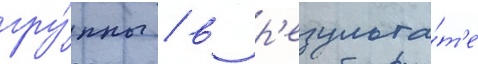
гру́ппы / в р'езульта́т'е